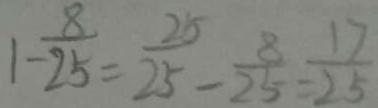
1 - \frac { 8 } { 2 5 } = \frac { 2 5 } { 2 5 } - \frac { 8 } { 2 5 } = \frac { 1 7 } { 2 5 }